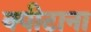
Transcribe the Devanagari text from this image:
क्पीटाना